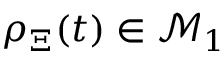
\rho _ { \Xi } ( t ) \in \mathcal { M } _ { 1 }